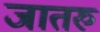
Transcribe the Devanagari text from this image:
जातरु